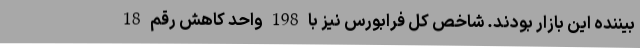
بیننده این بازار بودند. شاخص کل فرابورس نیز با 198 واحد کاهش رقم 18